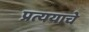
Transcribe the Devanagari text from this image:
प्रत्ययाचे